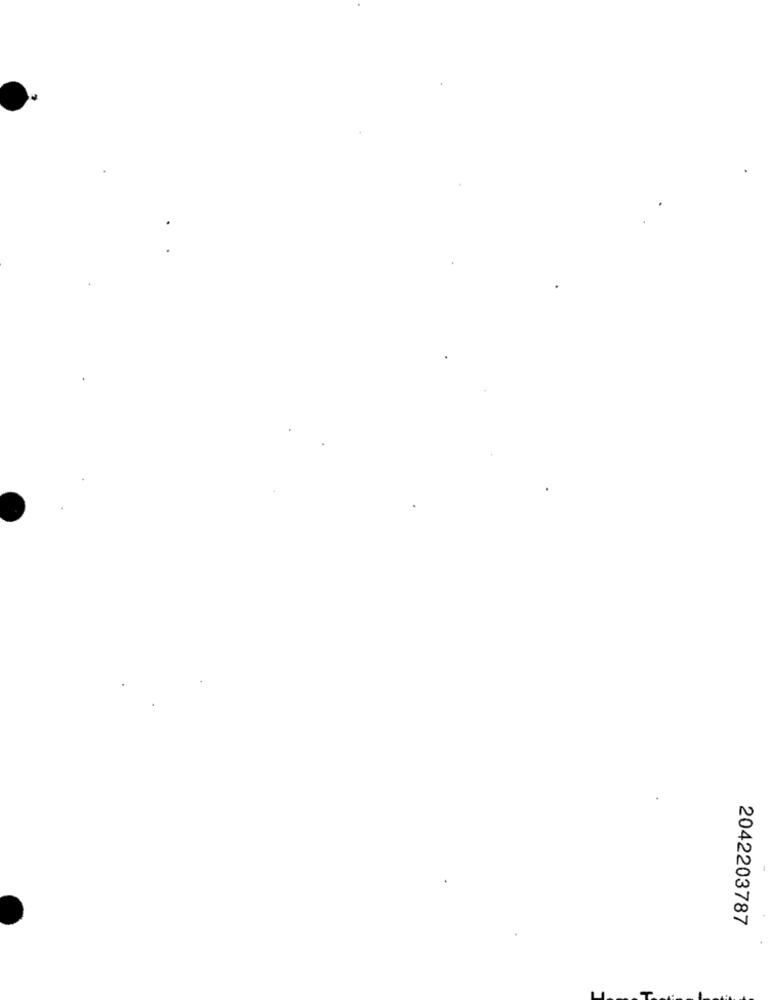
2042203787